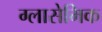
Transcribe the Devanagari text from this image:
ग्लासेमिक